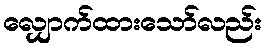
လျှောက်ထားသော်လည်း